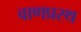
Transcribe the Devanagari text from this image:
वाणप्रस्थ